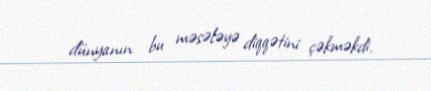
dünyanın bu məsələyə diqqətini çəkməkdi.